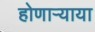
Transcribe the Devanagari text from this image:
होणार्‍याया